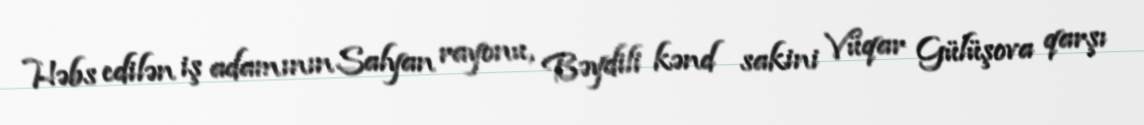
Həbs edilən iş adamının Salyan rayonu, Bəydili kənd sakini Vüqar Gülüşova qarşı